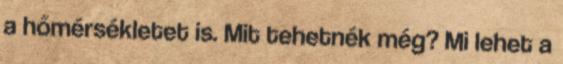
a hőmérsékletet is. Mit tehetnék még? Mi lehet a